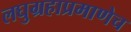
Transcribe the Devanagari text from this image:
लघुग्रहाप्रमाणेच